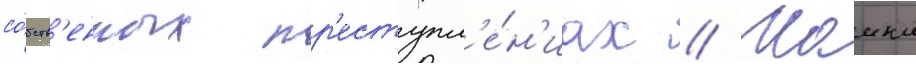
со́бств'енных пр'еступл'е́н'иах // Маикл